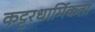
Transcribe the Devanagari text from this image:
कट्टरधार्मिकता